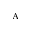
_ \mathrm { A }